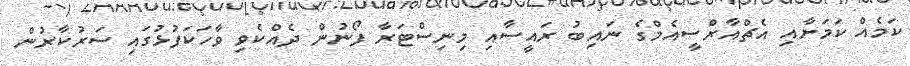
ކަމެއް ކަމަށާއި އެޗްއާރްސީއެމްގެ ނައިބު ރައީސާއި މިނިސްޓަރާ ފޯނުން ދެއްކެވި ވާހަކަފުޅުގައި ސަރުކާރުން